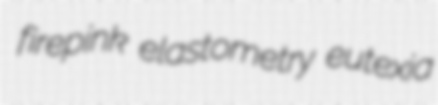
firepink elastometry eutexia